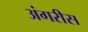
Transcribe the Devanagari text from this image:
अंगरीस